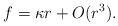
LaTeX: \begin{align*} f = \kappa r + O(r^3).\end{align*}